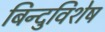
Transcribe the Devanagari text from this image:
बिन्दुविशेष